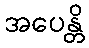
အပေန္တိ